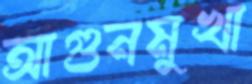
আগুনমুখা